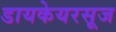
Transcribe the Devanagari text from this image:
डायकेयरसूज